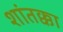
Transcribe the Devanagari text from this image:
शांतक्का